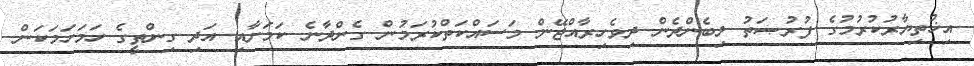
އިޚުތިޔާރުކުރުމުގެ ފުރުޞަތު ލިބެންދެން ދިވެހިރާއްޖޭން މަސައްކަތްކުރަމުން ގެންދާނެ ކަމަށާއި އަދި ގިންތީގެ ހަމަހަމަކަން